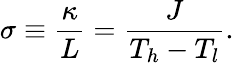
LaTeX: \sigma\equiv\frac{\kappa}{L}=\frac{J}{T_{h}-T_{l}}.